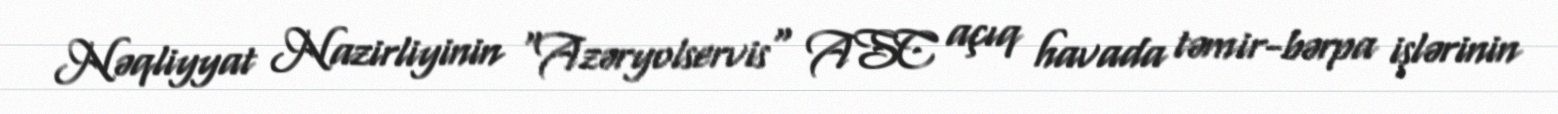
Nəqliyyat Nazirliyinin "Azəryolservis" ASC açıq havada təmir-bərpa işlərinin